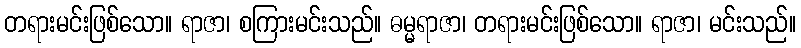
တရားမင်းဖြစ်သော။ ရာဇာ၊ စကြားမင်းသည်။ ဓမ္မရာဇာ၊ တရားမင်းဖြစ်သော။ ရာဇာ၊ မင်းသည်။